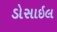
ડોસાઇલ